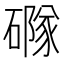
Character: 𥖐